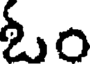
ఓం